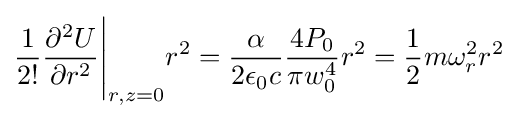
{\frac {1}{2!}}{\frac {\partial ^{2}U}{\partial r^{2}}}{\Biggr |}_{r,z=0}r^{2}={\frac {\alpha }{2\epsilon _{0}c}}{\frac {4P_{0}}{\pi w_{0}^{4}}}r^{2}={\frac {1}{2}}m\omega _{r}^{2}r^{2}